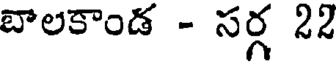
బాలకాండ - సర్గ 22